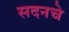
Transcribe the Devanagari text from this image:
सदनचे